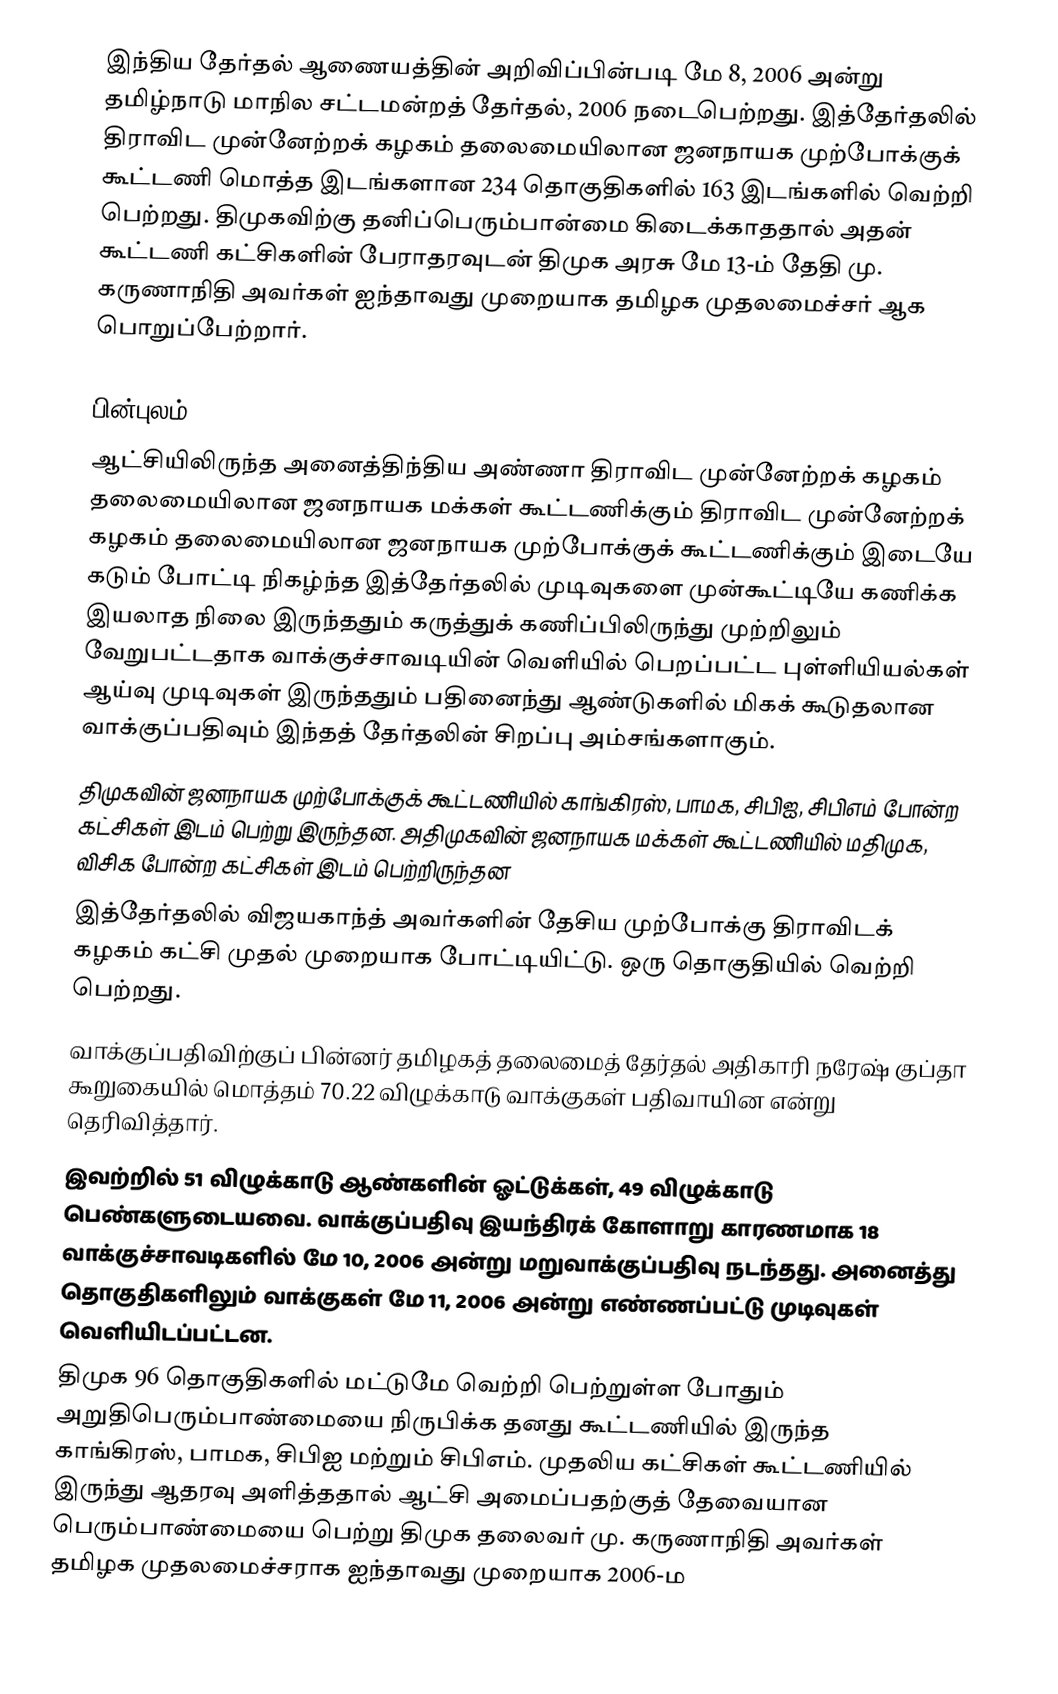
இந்திய தேர்தல் ஆணையத்தின் அறிவிப்பின்படி மே 8, 2006 அன்று தமிழ்நாடு மாநில சட்டமன்றத் தேர்தல், 2006 நடைபெற்றது. இத்தேர்தலில் திராவிட முன்னேற்றக் கழகம் தலைமையிலான ஜனநாயக முற்போக்குக் கூட்டணி மொத்த இடங்களான 234 தொகுதிகளில் 163 இடங்களில் வெற்றி பெற்றது. திமுகவிற்கு தனிப்பெரும்பான்மை கிடைக்காததால் அதன் கூட்டணி கட்சிகளின் பேராதரவுடன் திமுக அரசு மே 13-ம் தேதி மு. கருணாநிதி அவர்கள் ஐந்தாவது முறையாக தமிழக முதலமைச்சர் ஆக பொறுப்பேற்றார்.

பின்புலம்
 ஆட்சியிலிருந்த அனைத்திந்திய அண்ணா திராவிட முன்னேற்றக் கழகம் தலைமையிலான ஜனநாயக மக்கள் கூட்டணிக்கும் திராவிட முன்னேற்றக் கழகம் தலைமையிலான ஜனநாயக முற்போக்குக் கூட்டணிக்கும் இடையே கடும் போட்டி நிகழ்ந்த இத்தேர்தலில் முடிவுகளை முன்கூட்டியே கணிக்க இயலாத நிலை இருந்ததும் கருத்துக் கணிப்பிலிருந்து  முற்றிலும் வேறுபட்டதாக வாக்குச்சாவடியின் வெளியில் பெறப்பட்ட புள்ளியியல்கள் ஆய்வு முடிவுகள் இருந்ததும் பதினைந்து ஆண்டுகளில் மிகக் கூடுதலான வாக்குப்பதிவும் இந்தத் தேர்தலின் சிறப்பு அம்சங்களாகும்.
 திமுகவின் ஜனநாயக முற்போக்குக் கூட்டணியில் காங்கிரஸ், பாமக, சிபிஐ, சிபிஎம் போன்ற கட்சிகள் இடம் பெற்று இருந்தன. அதிமுகவின் ஜனநாயக மக்கள் கூட்டணியில் மதிமுக, விசிக போன்ற கட்சிகள் இடம் பெற்றிருந்தன
 இத்தேர்தலில் விஜயகாந்த் அவர்களின் தேசிய முற்போக்கு திராவிடக் கழகம் கட்சி முதல் முறையாக போட்டியிட்டு. ஒரு தொகுதியில் வெற்றி பெற்றது.
 வாக்குப்பதிவிற்குப் பின்னர் தமிழகத் தலைமைத் தேர்தல் அதிகாரி நரேஷ் குப்தா கூறுகையில் மொத்தம் 70.22 விழுக்காடு வாக்குகள் பதிவாயின என்று தெரிவித்தார்.
 இவற்றில் 51 விழுக்காடு ஆண்களின் ஓட்டுக்கள், 49 விழுக்காடு பெண்களுடையவை. வாக்குப்பதிவு இயந்திரக் கோளாறு காரணமாக 18 வாக்குச்சாவடிகளில் மே 10, 2006 அன்று மறுவாக்குப்பதிவு நடந்தது. அனைத்து தொகுதிகளிலும் வாக்குகள் மே 11, 2006 அன்று எண்ணப்பட்டு முடிவுகள் வெளியிடப்பட்டன.
 திமுக 96 தொகுதிகளில் மட்டுமே வெற்றி பெற்றுள்ள போதும் அறுதிபெரும்பாண்மையை நிருபிக்க தனது கூட்டணியில் இருந்த காங்கிரஸ், பாமக, சிபிஐ மற்றும் சிபிஎம். முதலிய கட்சிகள் கூட்டணியில் இருந்து ஆதரவு அளித்ததால் ஆட்சி அமைப்பதற்குத் தேவையான பெரும்பாண்மையை பெற்று திமுக தலைவர் மு. கருணாநிதி அவர்கள் தமிழக முதலமைச்சராக ஐந்தாவது முறையாக 2006-ம